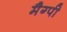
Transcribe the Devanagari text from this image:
मैग्पी